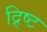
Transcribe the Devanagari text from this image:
द्र्ष्टि